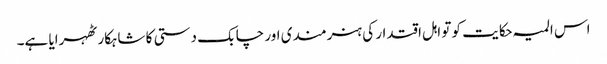
اس المیہ حکایت کو تو اہل اقتدار کی ہنرمندی اور چابک دستی کا شاہکار ٹھہرایا ہے۔